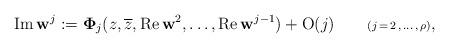
LaTeX: \begin{align*}{\rm Im}\,{\bf w}^j:={\bf \Phi}_j(z,\overline z, {\rm Re}\,{\bf w}^2, \ldots, {\rm Re}\,{\bf w}^{j-1})+{\rm O}(j) \ \ \ \ \ \ {\scriptstyle (j\,=\,2\,,\,\ldots\,,\,\rho)},\end{align*}